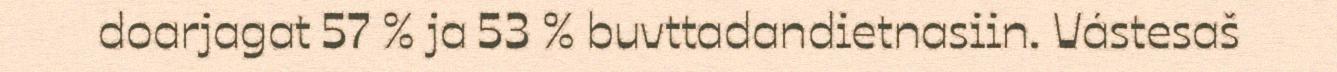
doarjagat 57 % ja 53 % buvttadandietnasiin. Vástesaš